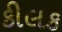
કીલક